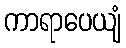
ကာရာပေယျံ